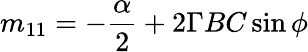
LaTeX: m_{11}=-\frac{\alpha}{2}+2\Gamma BC\sin\phi